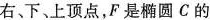
右、下、上顶点，F是椭圆C的